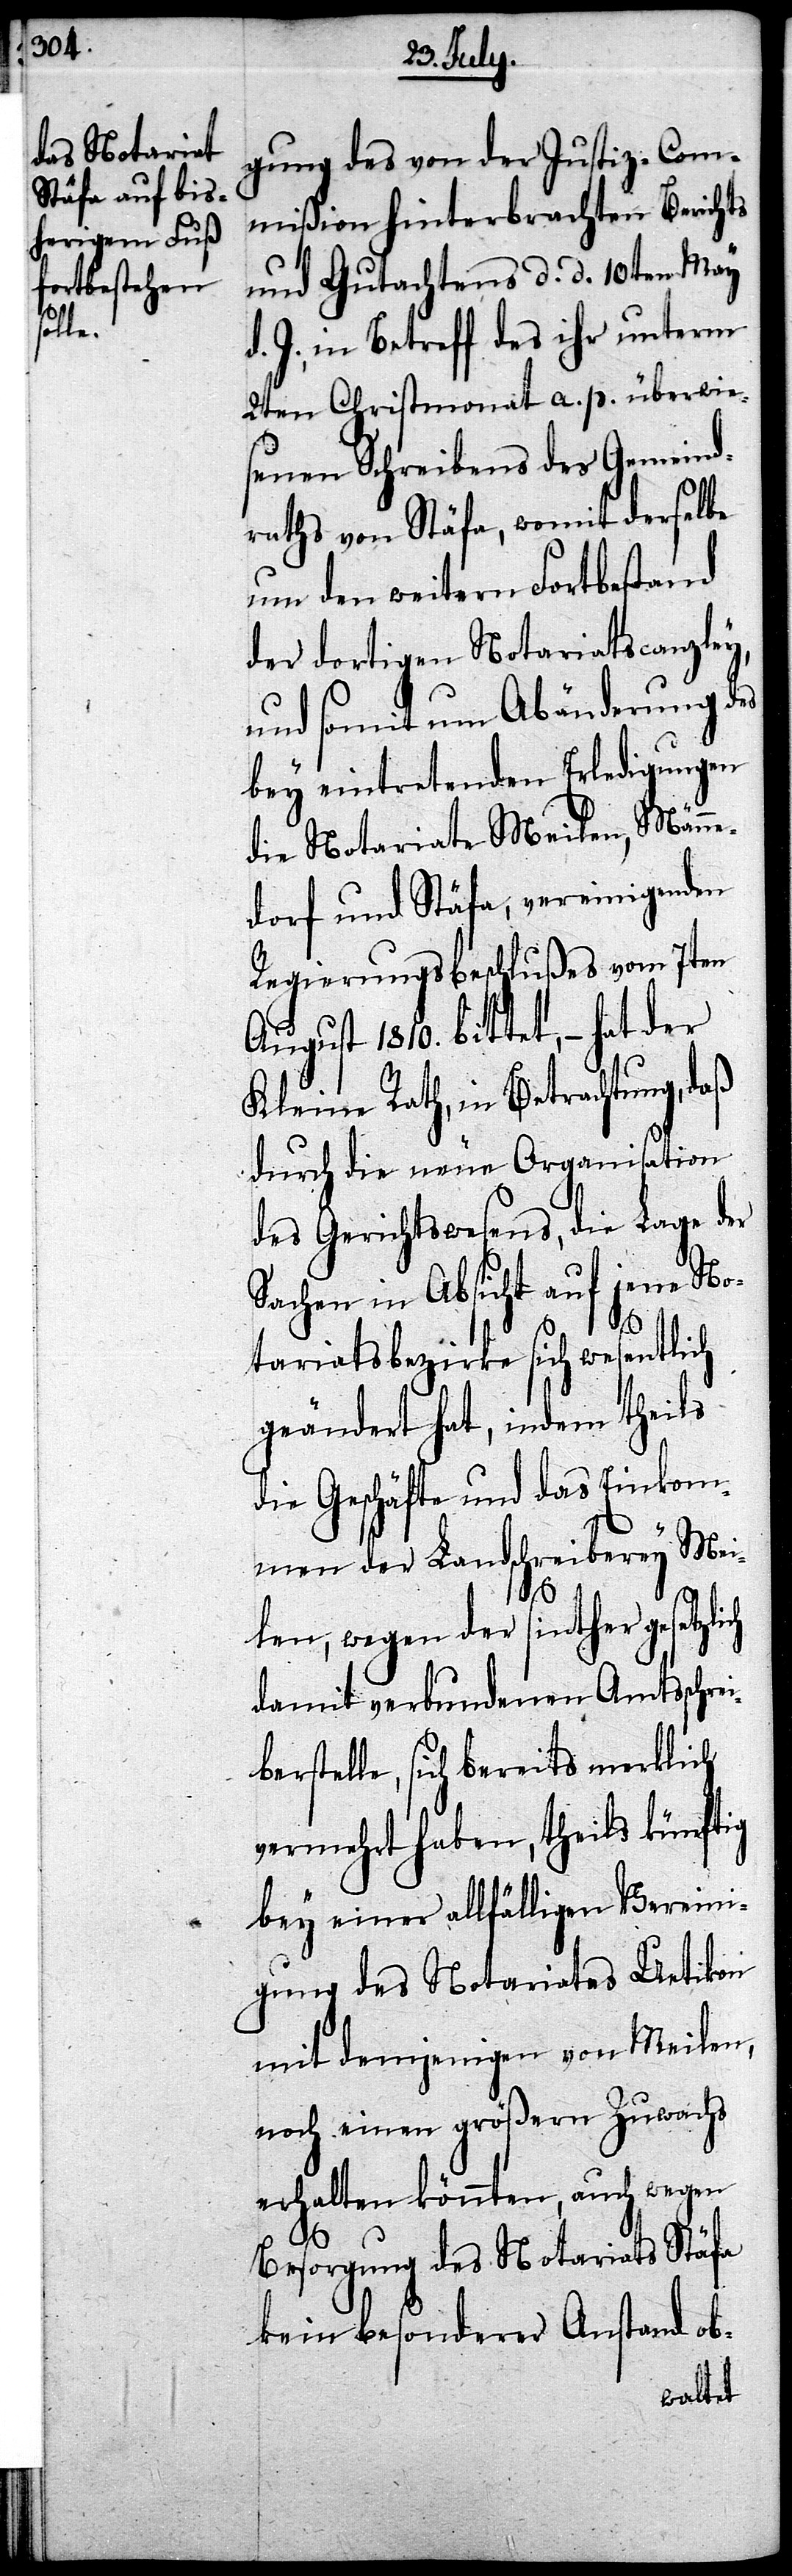
gung des von der Justiz-Com¬
mißion hinterbrachten Berichts
und Gutachtens d. d. 10ten May
J., in Betreff des ihr unterm
2ten Christmonat a. p. überwie¬
senen Schreibens des Gemeind¬
raths von Stäfa, womit derselbe
um den weitern Fortbestand
der dortigen Notariatscanzley,
und somit um Abänderung des
bey eintretenden Erledigungen
die Notariate Meilen, Männe¬
dorf und Stäfa, vereinigenden
Regierungsbeschlußes von 7ten
August 1810. bittet, – hat der
Kleine Rath, in Besprechung, daß
durch die neue Organisation
des Gerichtswesens, die Lage der
Sachen in Absicht auf jene No¬
tariatsbezirke sich wesentlich
geändert hat, indem theils
die Geschäfte und das Einkom¬
men der Landschreiberey Mei¬
len, wegen der sinther gesetz¬
damit verbundenen Amtsschrei¬
berstelle, sich bereits merklich
vermehrt haben, theils künftig
bey einer allfälligen Vereini¬
gung des Notariates Uetikon
mit demjenigen von Meilen,
noch einen größern Zuwachs
erhalten könnten, auch wegen
Besorgung des Notariats Stäfa
kein besonderer Anstand ob-
lich